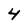
Character: 4